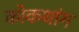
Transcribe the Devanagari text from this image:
कोकथांग